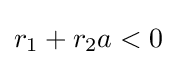
r_{1}+r_{2}a<0